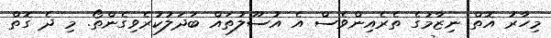
މިހާރު އޮތް ނިޒާމުގެ ތެރެއިންވެސް އެ އުސޫލުތައް ބަދަލުކުރެވިގެންތޯ. މި ދެ ގޮތް